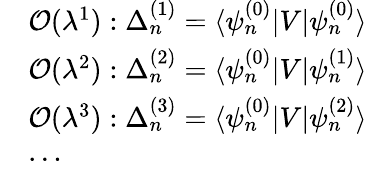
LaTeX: \begin{array}{rl}&{{\cal{O}}(\lambda^{1}):\Delta_{n}^{(1)}=\langle\psi_{n}^{(0)}|V|\psi_{n}^{(0)}\rangle}\\ &{{\cal{O}}(\lambda^{2}):\Delta_{n}^{(2)}=\langle\psi_{n}^{(0)}|V|\psi_{n}^{(1)}\rangle}\\ &{{\cal{O}}(\lambda^{3}):\Delta_{n}^{(3)}=\langle\psi_{n}^{(0)}|V|\psi_{n}^{(2)}\rangle}\\ &{\cdots}\end{array}